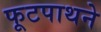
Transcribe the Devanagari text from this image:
फूटपाथने